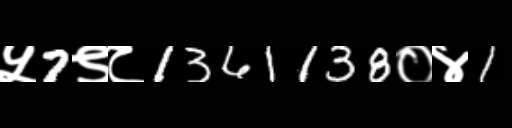
Text: ५7९८1361138०४1